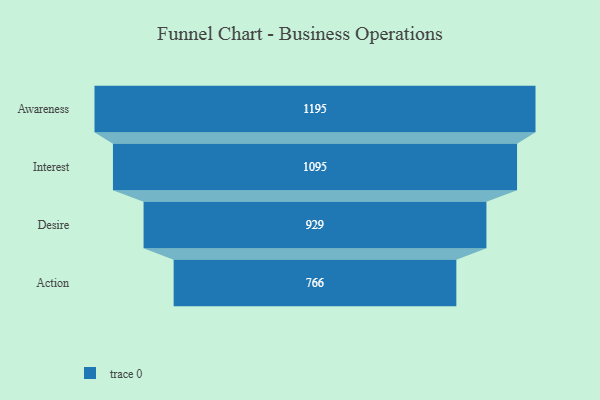
{"axis": {"x": "Stage", "y": "Value"}, "legend": [""], "data": [{"x": "Awareness", "y": 1195.0, "type": ""}, {"x": "Interest", "y": 1095.0, "type": ""}, {"x": "Desire", "y": 929.0, "type": ""}, {"x": "Action", "y": 766.0, "type": ""}]}